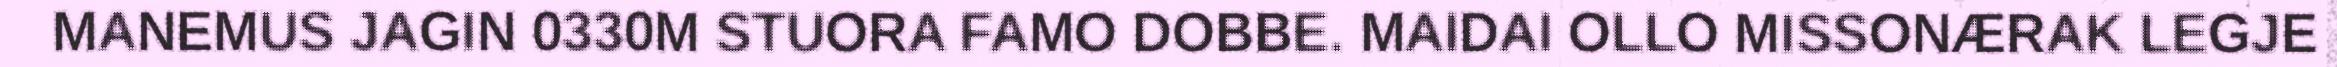
MANEMUS JAGIN 0330M STUORA FAMO DOBBE. MAIDAI OLLO MISSONÆRAK LEGJE